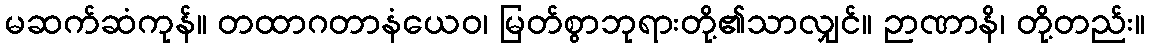
မဆက်ဆံကုန်။ တထာဂတာနံယေဝ၊ မြတ်စွာဘုရားတို့၏သာလျှင်။ ဉာဏာနိ၊ တို့တည်း။